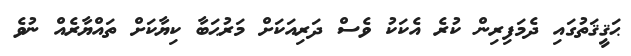
ޙަޤީޤަތުގައި ދެމަފިރިން ކުރެ އެކަކު ވެސް ދަރިއަކަށް މަރުޙަބާ ކިޔާކަށް ތައްޔާރެއް ނުވެ